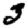
Digit: 3